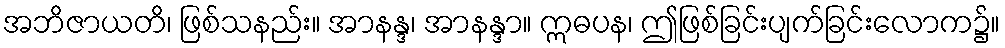
အဘိဇာယတိ၊ ဖြစ်သနည်း။ အာနန္ဒ၊ အာနန္ဒာ။ ဣဓပန၊ ဤဖြစ်ခြင်းပျက်ခြင်းလောက၌။